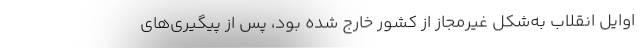
اوایل انقلاب به‌شکل غیرمجاز از کشور خارج شده بود، پس از پیگیری‌های